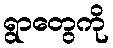
ရွာတွေကို